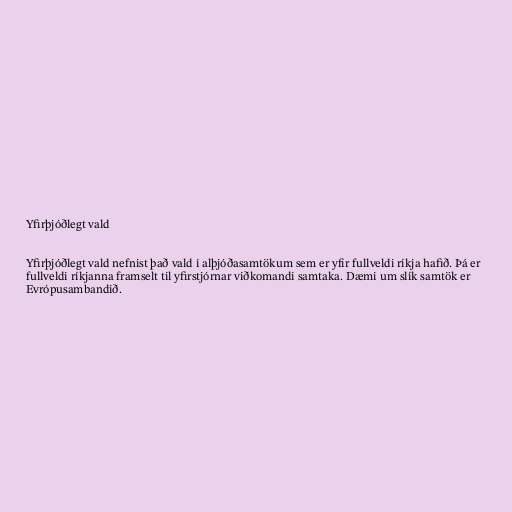
Yfirþjóðlegt vald

Yfirþjóðlegt vald nefnist það vald í alþjóðasamtökum sem er yfir fullveldi ríkja hafið. Þá er
fullveldi ríkjanna framselt til yfirstjórnar viðkomandi samtaka. Dæmi um slík samtök er
Evrópusambandið.